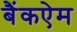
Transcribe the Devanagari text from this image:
बैंकऐम